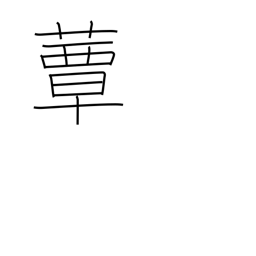
Meaning: toadstool